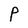
Character: P